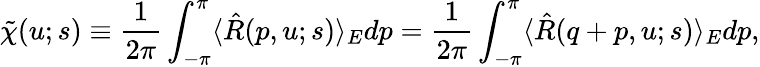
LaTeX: \tilde{\chi}(u;s)\equiv\frac{1}{2\pi}\int_{-\pi}^{\pi}\langle\hat{R}(p,u;s)\rangle_{E}dp=\frac{1}{2\pi}\int_{-\pi}^{\pi}\langle\hat{R}(q+p,u;s)\rangle_{E}dp,